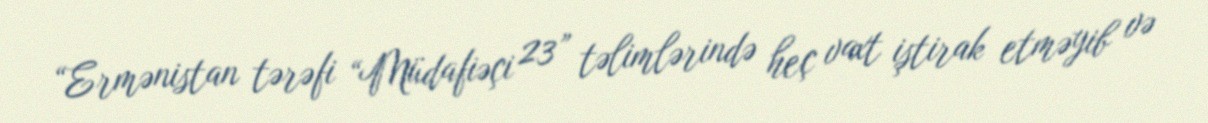
“Ermənistan tərəfi “Müdafiəçi 23” təlimlərində heç vaxt iştirak etməyib və